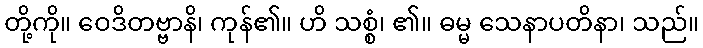
တို့ကို။ ဝေဒိတဗ္ဗာနိ၊ ကုန်၏။ ဟိ သစ္စံ၊ ၏။ ဓမ္မ သေနာပတိနာ၊ သည်။